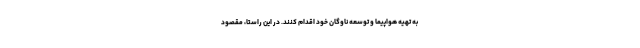
به تهیه هواپیما و توسعه ناوگان خود اقدام کنند. در این راستا، مقصود